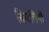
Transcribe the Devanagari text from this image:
बिपत्तियों